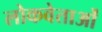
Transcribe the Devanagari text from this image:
लोकवेताओं